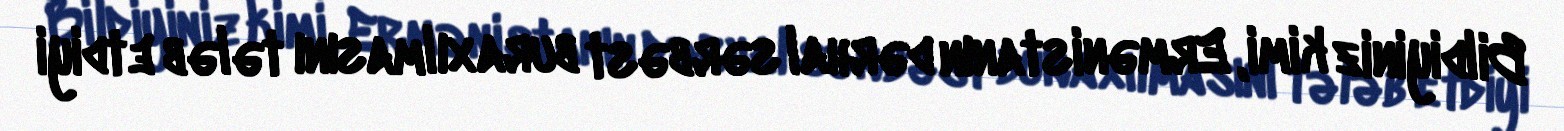
Bildiyiniz kimi, Ermənistanın dərhal sərbəst buraxılmasını tələb etdiyi